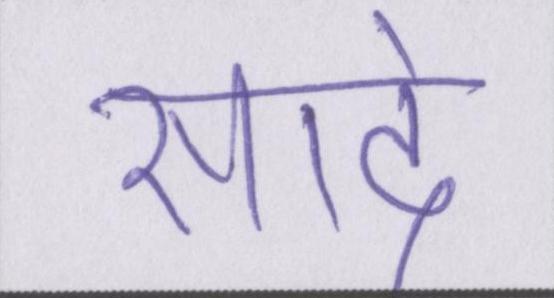
सादे